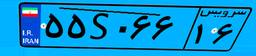
۰۹S۲۰۳۳۸